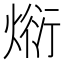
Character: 𭵗